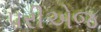
પરીએજ